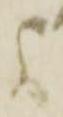
参